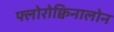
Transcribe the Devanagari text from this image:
फ्लोरोक्विनालोन